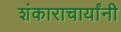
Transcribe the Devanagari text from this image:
शंकाराचार्यांनी